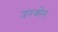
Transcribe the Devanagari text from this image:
उपजोन